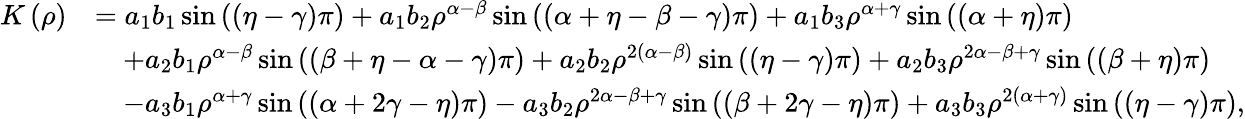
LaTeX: \begin{array}{rl}{K\left(\rho\right)}&{=a_{1}b_{1}\sin\left(\left(\eta-\gamma\right)\pi\right)+a_{1}b_{2}\rho^{\alpha-\beta}\sin\left(\left(\alpha+\eta-\beta-\gamma\right)\pi\right)+a_{1}b_{3}\rho^{\alpha+\gamma}\sin\left(\left(\alpha+\eta\right)\pi\right)}\\ &{\quad+a_{2}b_{1}\rho^{\alpha-\beta}\sin\left(\left(\beta+\eta-\alpha-\gamma\right)\pi\right)+a_{2}b_{2}\rho^{2\left(\alpha-\beta\right)}\sin\left(\left(\eta-\gamma\right)\pi\right)+a_{2}b_{3}\rho^{2\alpha-\beta+\gamma}\sin\left(\left(\beta+\eta\right)\pi\right)}\\ &{\quad-a_{3}b_{1}\rho^{\alpha+\gamma}\sin\left(\left(\alpha+2\gamma-\eta\right)\pi\right)-a_{3}b_{2}\rho^{2\alpha-\beta+\gamma}\sin\left(\left(\beta+2\gamma-\eta\right)\pi\right)+a_{3}b_{3}\rho^{2\left(\alpha+\gamma\right)}\sin\left(\left(\eta-\gamma\right)\pi\right),}\end{array}